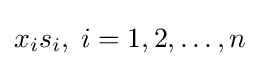
x_{i}s_{i},\;i=1,2,\dots ,n